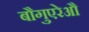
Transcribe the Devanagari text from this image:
बौगुएरेऔ